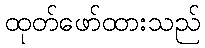
ထုတ်ဖော်ထားသည်